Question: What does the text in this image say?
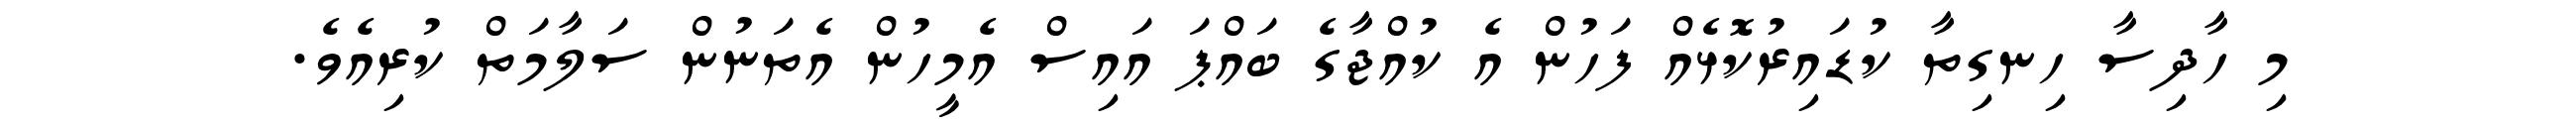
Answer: މި ހާދިސާ ހިނގިތާ ކުޑައިރުކޮޅެއް ފަހުން އެ ކުއްޖާގެ ބައްޕަ އައިސް އެމީހުން އެތަނުން ސަލާމަތް ކުރިއެވެ.